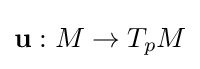
\mathbf {u} :M\to T_{p}M